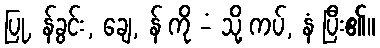
ပြု, န်ခွင်း, ချေ, န် ကို -ံ သို့ ကပ်, နံ ပြီး၏။